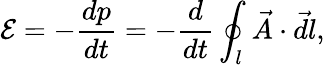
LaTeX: \mathcal E=-\frac{dp}{dt}=-\frac{d}{dt}\oint_{l}\vec{A}\cdot\vec{dl},